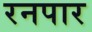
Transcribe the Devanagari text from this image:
रनपार